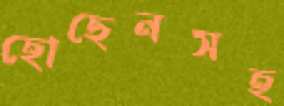
হোছেনসহ